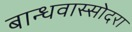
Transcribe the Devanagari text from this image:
बान्धवास्सोदरा